Scientific memoirs by medical officers of the Army of India - Part VIII,
Year: 1894
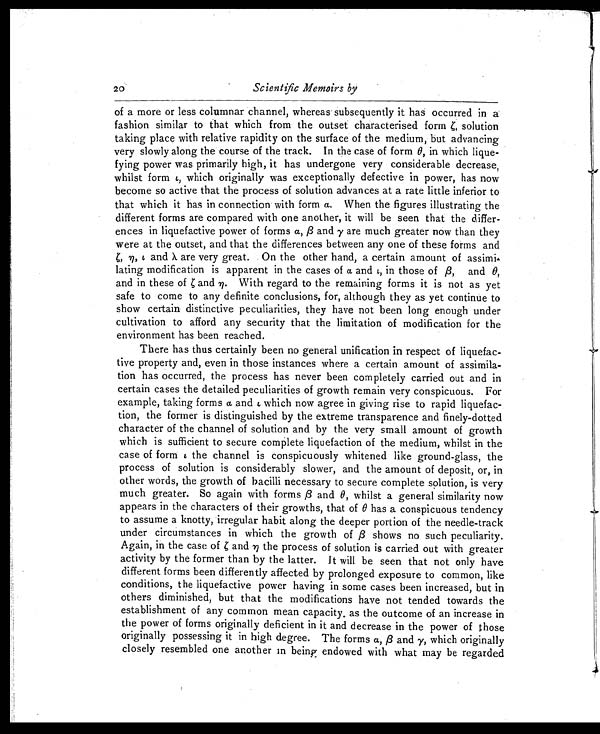
20
Scientific Memoirs by
of a more or less columnar channel, whereas subsequently it has occurred in a
fashion similar to that which from the outset characterised form ζ solution
taking place with relative rapidity on the surface of the medium, but advancing
very slowly along the course of the track. In the case of form θ, in which lique-
fying power was primarily high, it has undergone very considerable decrease,
whilst form ι, which originally was exceptionally defective in power, has now
become so active that the process of solution advances at a rate little inferior to
that which it has in connection with form a. When the figures illustrating the
different forms are compared with one another, it will be seen that the differ-
ences in liquefactive power of forms α, β and γ are much greater now than they
were at the outset, and that the differences between any one of these forms and
ζ η, ιa n d
λ are very great. On the other hand, a certain amount of assimi-
lating modification is apparent in the cases of a and ι, in those of β, and θ,
and in these of ζ and η. With regard to the remaining forms it is not as yet
safe to come to any definite conclusions, for, although they as yet continue to
show certain distinctive peculiarities, they have not been long enough under
cultivation to afford any security that the limitation of modification for the
environment has been reached.
There has thus certainly been no general unification in respect of liquefac-
tive property and, even in those instances where a certain amount of assimila-
tion has occurred, the process has never been completely carried out and in
certain cases the detailed peculiarities of growth remain very conspicuous. For
example, taking forms a and ι which now agree in giving rise to rapid liquefac-
tion, the former is distinguished by the extreme transparence and finely-dotted
character of the channel of solution and by the very small amount of growth
which is sufficient to secure complete liquefaction of the medium, whilst in the
case of form ι t h e c h a n n e l i s c o n s p i c u o u s l y w h i t e n e d l i k e g r o u n d - g l a s s , t h e
process of solution is considerably slower, and the amount of deposit, or, in
other words, the growth of bacilli necessary to secure complete solution, is very
much greater. So again with forms β and θ, whilst a general similarity now
appears in the characters of their growths, that of θ has a conspicuous tendency
to assume a knotty, irregular habit along the deeper portion of the needle-track
under circumstances in which the growth of β shows no such peculiarity.
Again, in the case of ζ a n d
η t h e p r o c e s s o f s o l u t i o n i s c a r r i e d o u t w i t h g r e a t e r
activity by the former than by the latter. It will be seen that not only have
different forms been differently affected by prolonged exposure to common, like
conditions, the liquefactive power having in some cases been increased, but in
others diminished, but that the modifications have not tended towards the
establishment of any common mean capacity. as the outcome of an increase in
the power of forms originally deficient in it and decrease in the power of those
originally possessing it in high degree. The forms a, β and γ, which originally
closely resembled one another in being endowed with what may be regarded